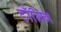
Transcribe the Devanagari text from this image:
टॉसिग